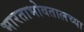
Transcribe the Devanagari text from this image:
भारताभोवतालच्या